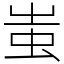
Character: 蚩